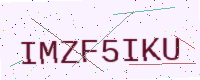
Text: IMZF5IKU